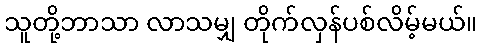
သူတို့ဘာသာ လာသမျှ တိုက်လှန်ပစ်လိမ့်မယ်။